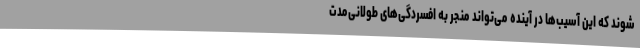
شوند که این آسیب‌ها در آینده می‌تواند منجر به افسردگی‌های طولانی‌مدت